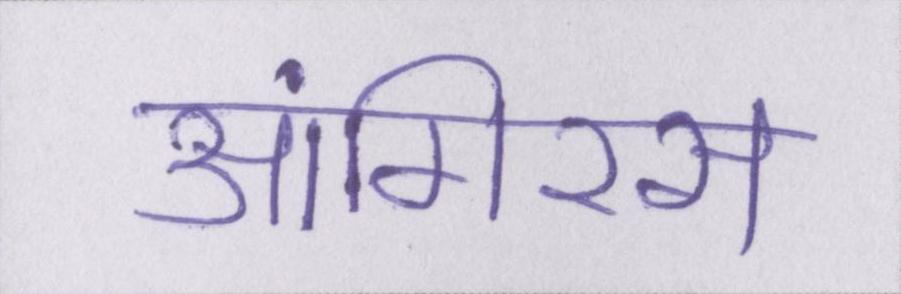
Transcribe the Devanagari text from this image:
आंगिरस